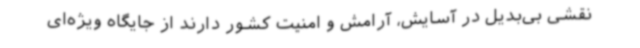
نقشی بی‌بدیل در آسایش، آرامش و امنیت کشور دارند از جایگاه ویژه‌ای